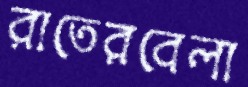
রাতেরবেলা